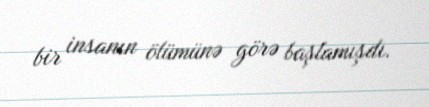
bir insanın ölümünə görə başlamışdı.